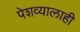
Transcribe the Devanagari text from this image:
पेशव्यालाही